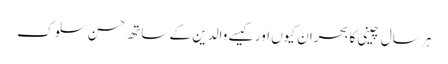
ہر سال چینی کا بحران کیوں اور کیسے	 والدین کے ساتھ حسن سلوک